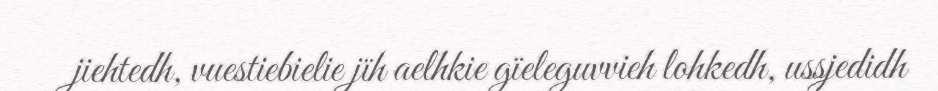
jiehtedh, vuestiebielie jïh aelhkie gïeleguvvieh lohkedh, ussjedidh